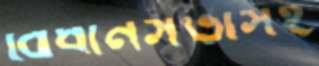
বিধানসভাসহ